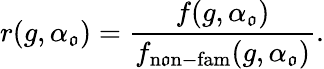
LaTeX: r(g,\alpha_{\mathfrak{o}})=\frac{{f(g,\alpha_{\mathfrak{o}})}}{{f_{\mathrm{{n\mathfrak{o}n-fam}}}(g,\alpha_{\mathfrak{o}})}}.